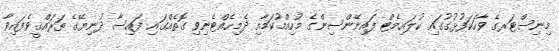
މިނިސްޓަރގެ ވާހަކަފުޅުގުގައި ކުލައިމެޓް ފައިނޭންސިންގެ މުހިއްމުކަމާއި ދެމިހެއްޓެނިވި ގޮތެއްގައި ފައިސާ ދުނިޔޭގެ ތަރައްޤީވެފައިވާ